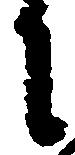
に